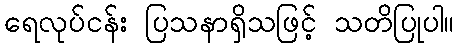
ရေလုပ်ငန်း ပြသနာရှိသဖြင့် သတိပြုပါ။